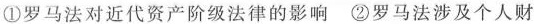
①罗马法对近代资产阶级法律的影响 ②罗马法涉及个人财